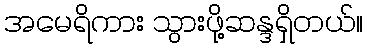
အမေရိကား သွားဖို့ဆန္ဒရှိတယ်။